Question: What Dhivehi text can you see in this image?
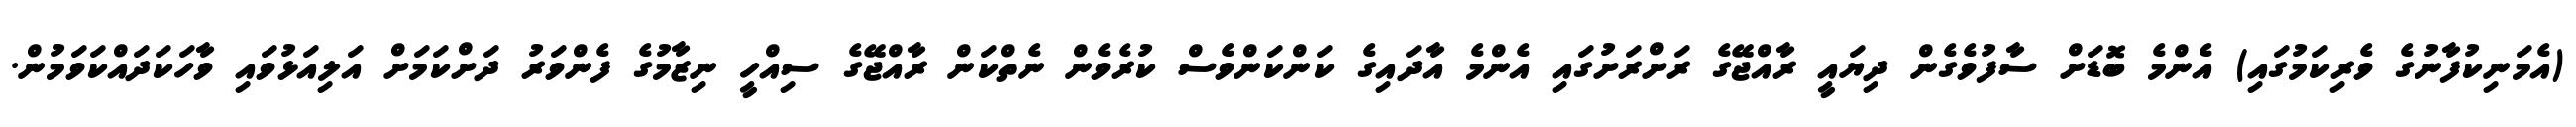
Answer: (އެމަނިކުފާނުގެ ވެރިކަމުގައި) އެންމެ ބޮޑަށް ސާފުވެގެން ދިޔައީ ރާއްޖޭގެ ރަށްރަށުގައި އެންމެ އާދައިގެ ކަންކަންވެސް ކުރެވެން ނެތްކަން ރާއްޖޭގެ ސިއްހީ ނިޒާމުގެ ފެންވަރު ދަށްކަމަށް އަލިއަޅުވައި ވާހަކަދައްކަވަމުން.